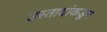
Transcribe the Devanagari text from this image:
उस्तादांकडून